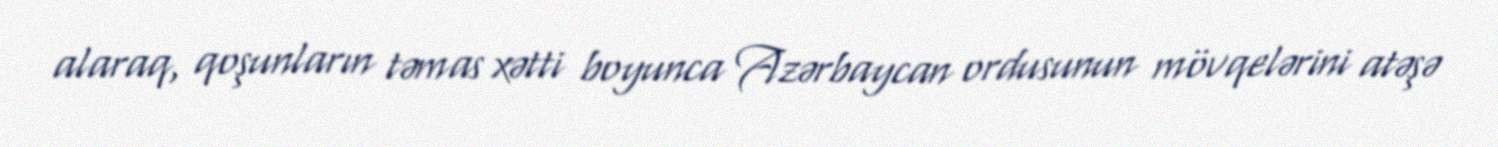
alaraq, qoşunların təmas xətti boyunca Azərbaycan ordusunun mövqelərini atəşə